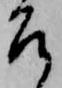
召